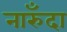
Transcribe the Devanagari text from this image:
नारुँदा